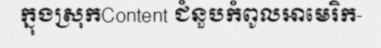
ក្នុងស្រុកContent ជំនួបកំពូលអាមេរិក-